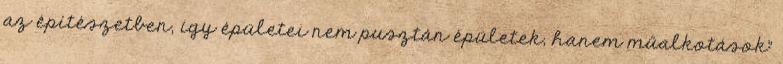
az építészetben, így épületei nem pusztán épületek, hanem műalkotások"